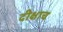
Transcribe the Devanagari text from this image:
दीक्षाच